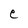
Character: C